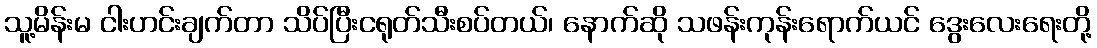
သူ့မိန်းမ ငါးဟင်းချက်တာ သိပ်ပြီးငရုတ်သီးစပ်တယ်၊ နောက်ဆို သဖန်းကုန်းရောက်ယင် ဒွေးလေးရေးတို့